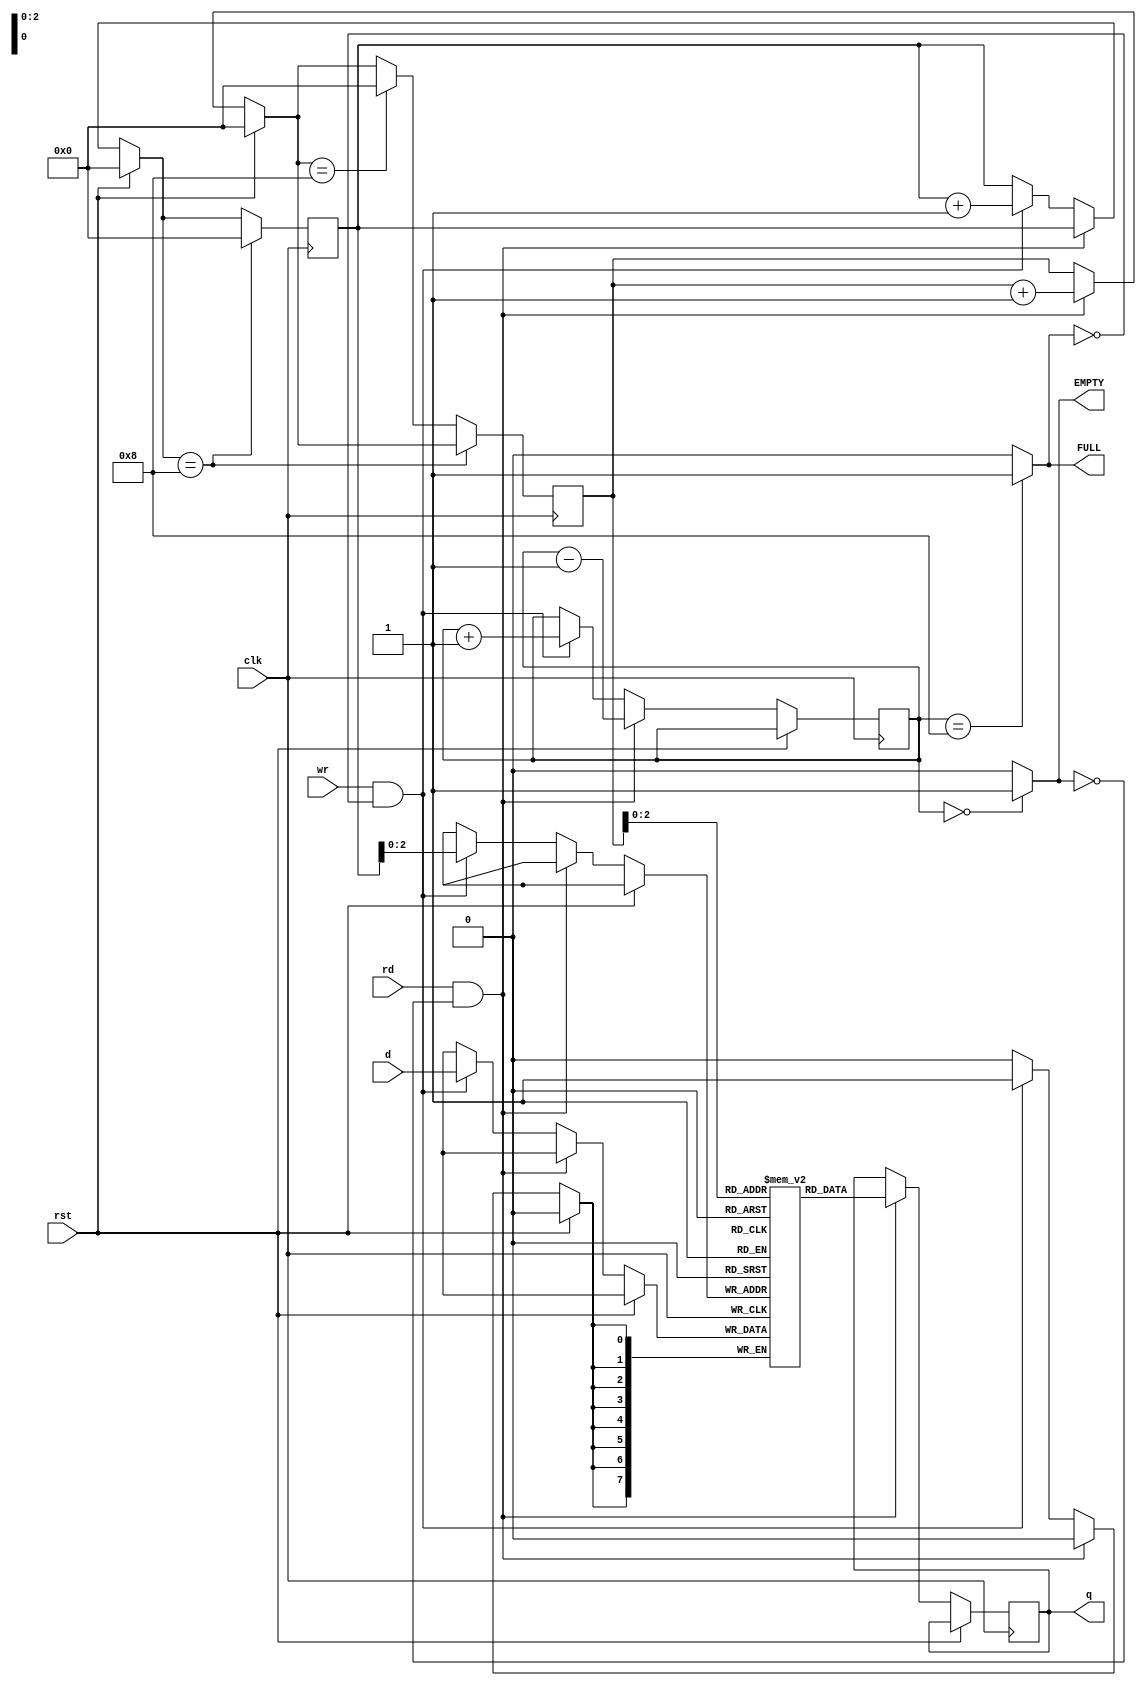
module part15(clk, rst, rd, wr, EMPTY, FULL, d, q);

input clk, rst, rd, wr;
output  EMPTY, FULL;
input [7:0] d;
output reg [7:0] q;
reg [7:0] mem [0:7];

reg [3:0] Count = 0;
reg [3:0] readCounter = 0, writeCounter = 0; 

assign EMPTY = (Count==0)? 1 : 0; 
assign FULL = (Count==8)? 1 : 0; 

always@(posedge clk)
 begin

  if(rst)
   begin
    readCounter = 0; 
    writeCounter = 0; 
   end
  else if (rd && ~EMPTY)
   begin 
    q = mem[readCounter]; 
    readCounter = readCounter+1;
    Count = Count - 1;
   end
  else if (wr && ~FULL)
   begin
    mem[writeCounter] = d; 
    writeCounter = writeCounter+1;
    Count = Count + 1; 
   end 

  if (writeCounter==8) 
   writeCounter=0; 
  else if (readCounter==8) 
   readCounter=0;

 end

endmodule